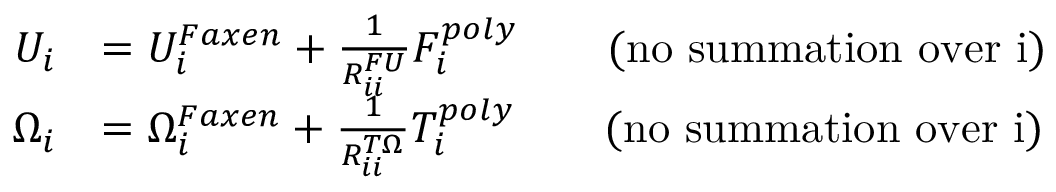
\begin{array} { r l } { U _ { i } } & { = U _ { i } ^ { F a x e n } + \frac { 1 } { R _ { i i } ^ { F U } } F _ { i } ^ { p o l y } \qquad \mathrm { ( n o ~ s u m m a t i o n ~ o v e r ~ i ) } } \\ { \Omega _ { i } } & { = \Omega _ { i } ^ { F a x e n } + \frac { 1 } { R _ { i i } ^ { T \Omega } } T _ { i } ^ { p o l y } \qquad \mathrm { ( n o ~ s u m m a t i o n ~ o v e r ~ i ) } } \end{array}